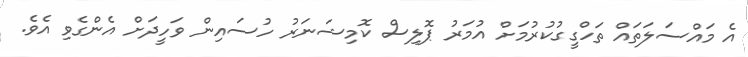
އެ މައްސަލަތައް ތަހްގީގުކުރުމަށް އުމަރު ޕޮލިސް ކޮމިޝަނަރު ހުސައިން ވަހީދަށް އެންގެވި އެވެ.